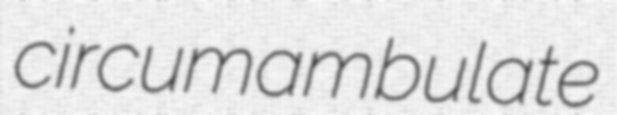
circumambulate